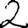
Digit: 2